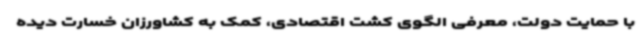
با حمایت دولت، معرفی الگوی کشت اقتصادی، کمک به کشاورزان خسارت دیده